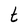
Character: t